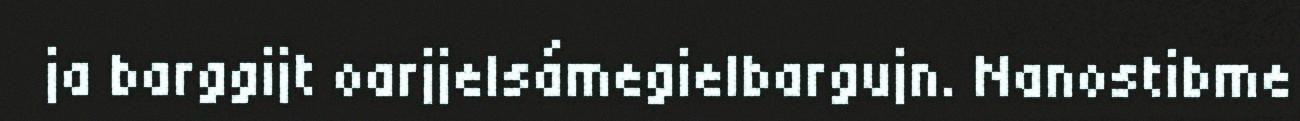
ja barggijt oarjjelsámegielbargujn. Nanostibme